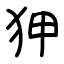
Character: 狎